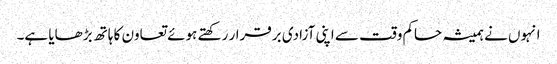
انہوں نے ہمیشہ حاکم وقت سے اپنی آزادی برقرار رکھتے ہوئے تعاون کا ہاتھ بڑھایا ہے۔